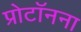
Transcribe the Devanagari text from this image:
प्रोटॉनना